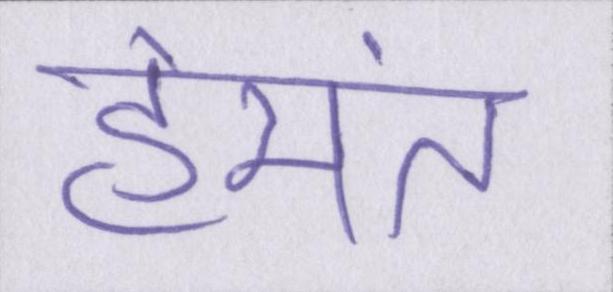
हेमंत